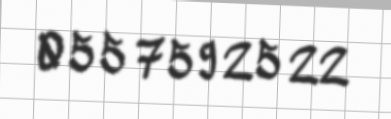
055 759 25 22